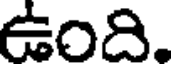
ఉంది.